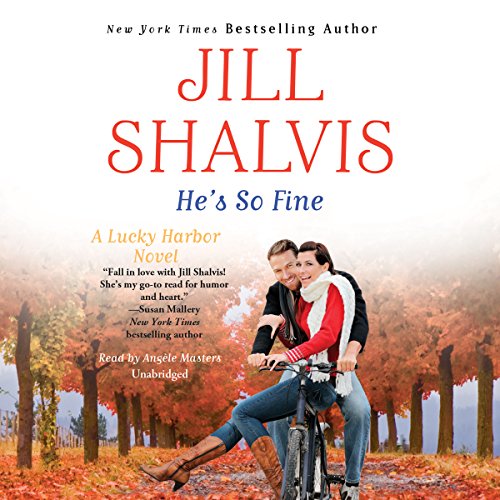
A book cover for He's So Fine  (Lucky Harbor series, Book 11); Jill Shalvis; Romance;